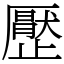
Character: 㱘